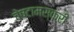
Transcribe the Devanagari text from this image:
चेष्टामस्करी